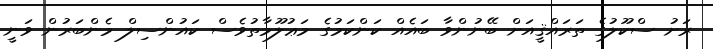
ރަށު ސްކޫލުގެ ތަރައްޤީއަށް ބޭނުންވާ ބައެއް ކަންކަމުގެ މަޢުލޫމާތުވެސް ކައުންސިލް މެންބަރުން ވަނީ